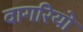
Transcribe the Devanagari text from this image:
वागरियो